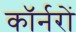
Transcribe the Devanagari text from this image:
कॉर्नरों